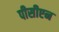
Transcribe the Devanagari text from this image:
पीसीएन